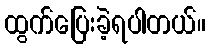
ထွက်ပြေးခဲ့ရပါတယ်။